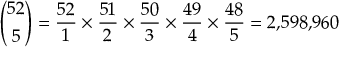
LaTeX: { \binom { 5 2 } { 5 } } = { \frac { 5 2 } { 1 } } \times { \frac { 5 1 } { 2 } } \times { \frac { 5 0 } { 3 } } \times { \frac { 4 9 } { 4 } } \times { \frac { 4 8 } { 5 } } = 2 { , } 5 9 8 { , } 9 6 0